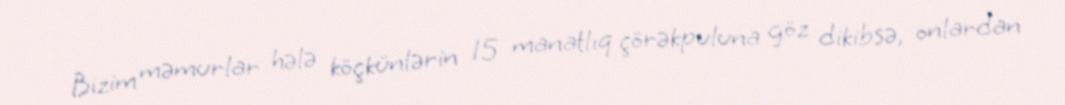
Bizim məmurlar hələ köçkünlərin 15 manatlıq çörəkpuluna göz dikibsə, onlardan